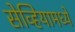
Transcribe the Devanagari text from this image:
सेव्हियामध्ये